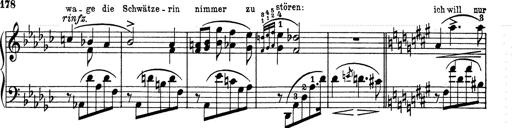
Title: 6 Polish Songs
Composer: Franz Liszt